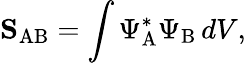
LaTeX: \mathbf{S}_{\mathrm{AB}}=\int\Psi_{\mathrm{A}}^{*}\Psi_{\mathrm{B}}\, dV,